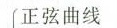
正弦曲线